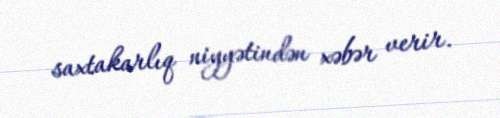
saxtakarlıq niyyətindən xəbər verir.